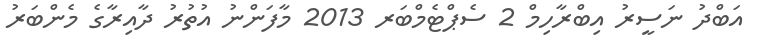
އަބްދު ނަސީރު އިބްރާހިމް 2 ސެޕްޓެމްބަރ 2013 މާފަންނު އުތުރު ދާއިރާގެ މެންބަރު